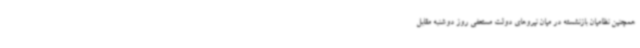
همچنین نظامیان بازنشسته در میان نیروهای دولت مستعفی روز دوشنبه مقابل